Vaccination in Bombay 1874-1876 - 1874-1876
Year: 1874
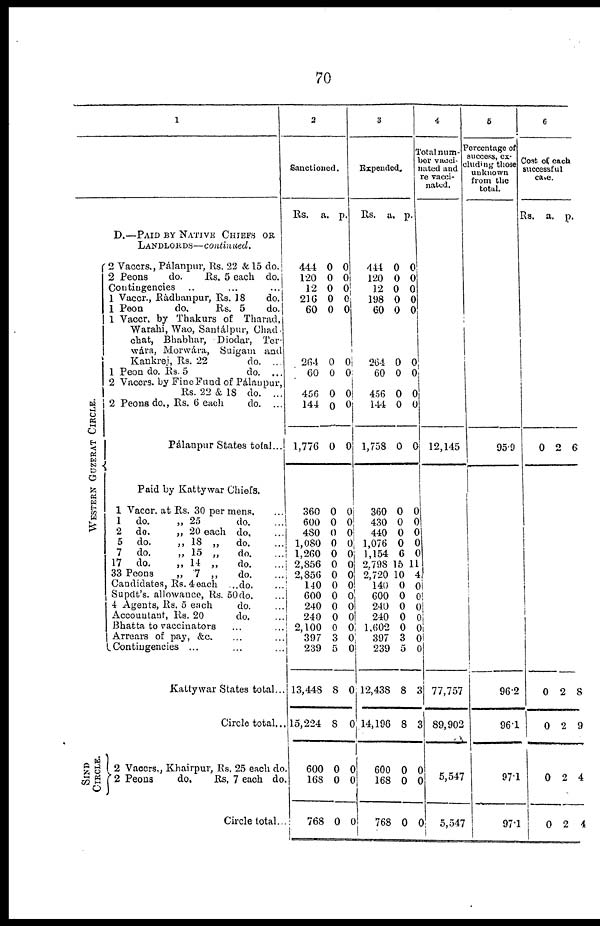
70
1
D.—PAID BY NATIVE CHIEFS OR
LANDLORDS—continued.
WESTERN GUZERAT CIRCLE.
2 Vaccrs., Pálanpur, Rs. 22 & 15 do.
2 Peons
do.
Rs, 5 each do.
Contingencies ... ... ...
1 Vaccr., Ràdhanpur, Rs. 18
do.
1 Peon
do,
Rs. 5
do.
1 Vaccr. by Thakurs of Tharad,
Warahi, Wao, Santálpur, Chad¬
chat, Bhabhar, Diodar, Ter¬
wára, Morwára, Suigam and
Kankrej, Rs. 22
do. ...
1 Peon do. Rs. 5
do. ...
2 Vaccrs. by Fine Fund of Pálanpur,
Rs. 22 & 18 do. ...
2 Peons do„ Rs. 6 each
do. ...
Pálanpur States total...
Paid by Kattywar Chiefs.
1 Vaccr. at Rs. 30 per mens.
1 do.
„ 25
do.
2 do.
„ 20 each do.
5 do.
„ 18 „
do.
7 do.
„ 15 „
do.
17 do.
„ 14 „
do.
33 Peons
„ 7 „
do.
Candidates, Rs. 4 each ...do.
Supdt's. allowance, Rs. 50 do.
4 Agents, Rs. 5 each
do.
Accountant, Rs. 20
do.
Bhatta to vaccinators ... ...
Arrears of pay, &c.
Contingencies ...
Kattywar States total...
Circle total...
SIND
CIRCLE.
2 Vaccrs., Khairpur, Rs. 25 each do
2 Peons
do.
Rs, 7 each do
Circle total..
2
Sanctioned.
Rs.
444
120
12
216
60
264
60
456
144
1,776
360
600
480
1,080
1,260
2,856
2,856
140
600
240
240
2,100
397
239
13,448
15,224
600
168
768
a.
0
0
0
0
0
0
0
0
0
0
0
0
0
0
0
0
0
0
0
0
0
0
3
5
8
8
0
0
0
p.
0
0
0
0
0
0
0
0
0
0
0
0 0
0
0 0
0
0
0
0 0
0
0 0
0
0
0
0
0
3
Expended.
Rs.
444
120
12
198
60
264
60
456
144
1,758
360
430
440
1,076
1,154
2,798
2,720
140
600
240
240
1,602
397
239
12,438
14,196
600
168
768
a.
0
0
0
0
0
0
0
0
0
0
0
0
0
0
6
15
10
0
0
0
0
0
3
5
8
8
0
0
0
p.
0
0
0
0
0
0
0
0
0
0
0
0
0
0
0
11
4
0
0
0
0
0
0
0
3
3
0
0
0
4
Total num¬
ber vacci¬
nated and
re vacci-
nated.
12,145
77,757
89,902
5,547
5,547
5
Percentage of
success, ex¬
cluding those
unknown
from the
total.
95.9
96.2
96.1
97.1
97.1
6
Cost of each
successful
case.
Rs.
0
0
0
0
0
a.
2
2
2
2
2
p.
6
8
9
4
4